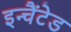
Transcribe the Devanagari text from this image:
इन्चैंटेड